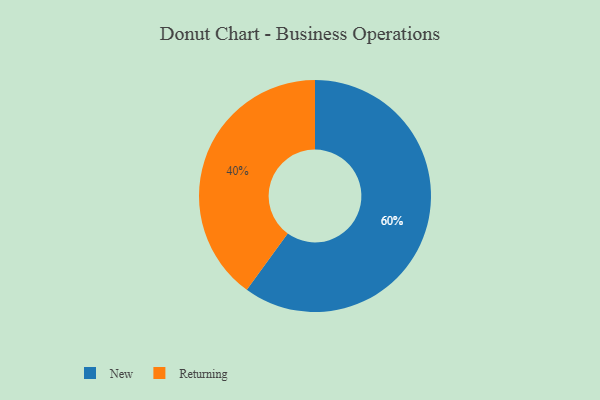
{"axis": {"x": "Category", "y": "Percentage"}, "legend": ["New", "Returning"], "data": [{"x": "New", "y": 60, "type": "New"}, {"x": "Returning", "y": 40, "type": "Returning"}]}